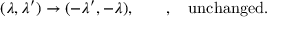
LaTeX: ( \lambda , \lambda ^ { \prime } ) \rightarrow ( - \lambda ^ { \prime } , - \lambda ) , \quad \mathrm { ~ \Theta ~ , ~ \Phi ~ u n c h a n g e d . }